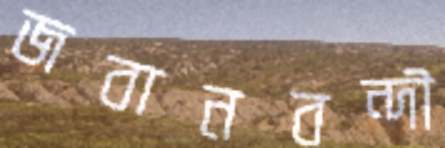
জবানবন্দী